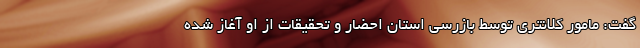
گفت: مامور کلانتری توسط بازرسی استان احضار و تحقیقات از او آغاز شده